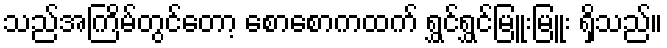
သည်အကြိမ်တွင်တော့ စောစောကထက် ရွှင်ရွှင်မြူးမြူး ရှိသည်။